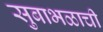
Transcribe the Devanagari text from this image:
सुबाभळाची